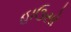
હાઉસો